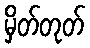
မှိတ်တုတ်